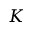
K